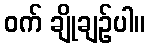
ဝက် ချိုချဉ်ပါ။